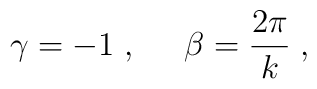
\gamma =-1\;,\;\;\;\;\;\beta =\frac{2\pi }k\;,